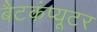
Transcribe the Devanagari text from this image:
बैटकंप्यूटर